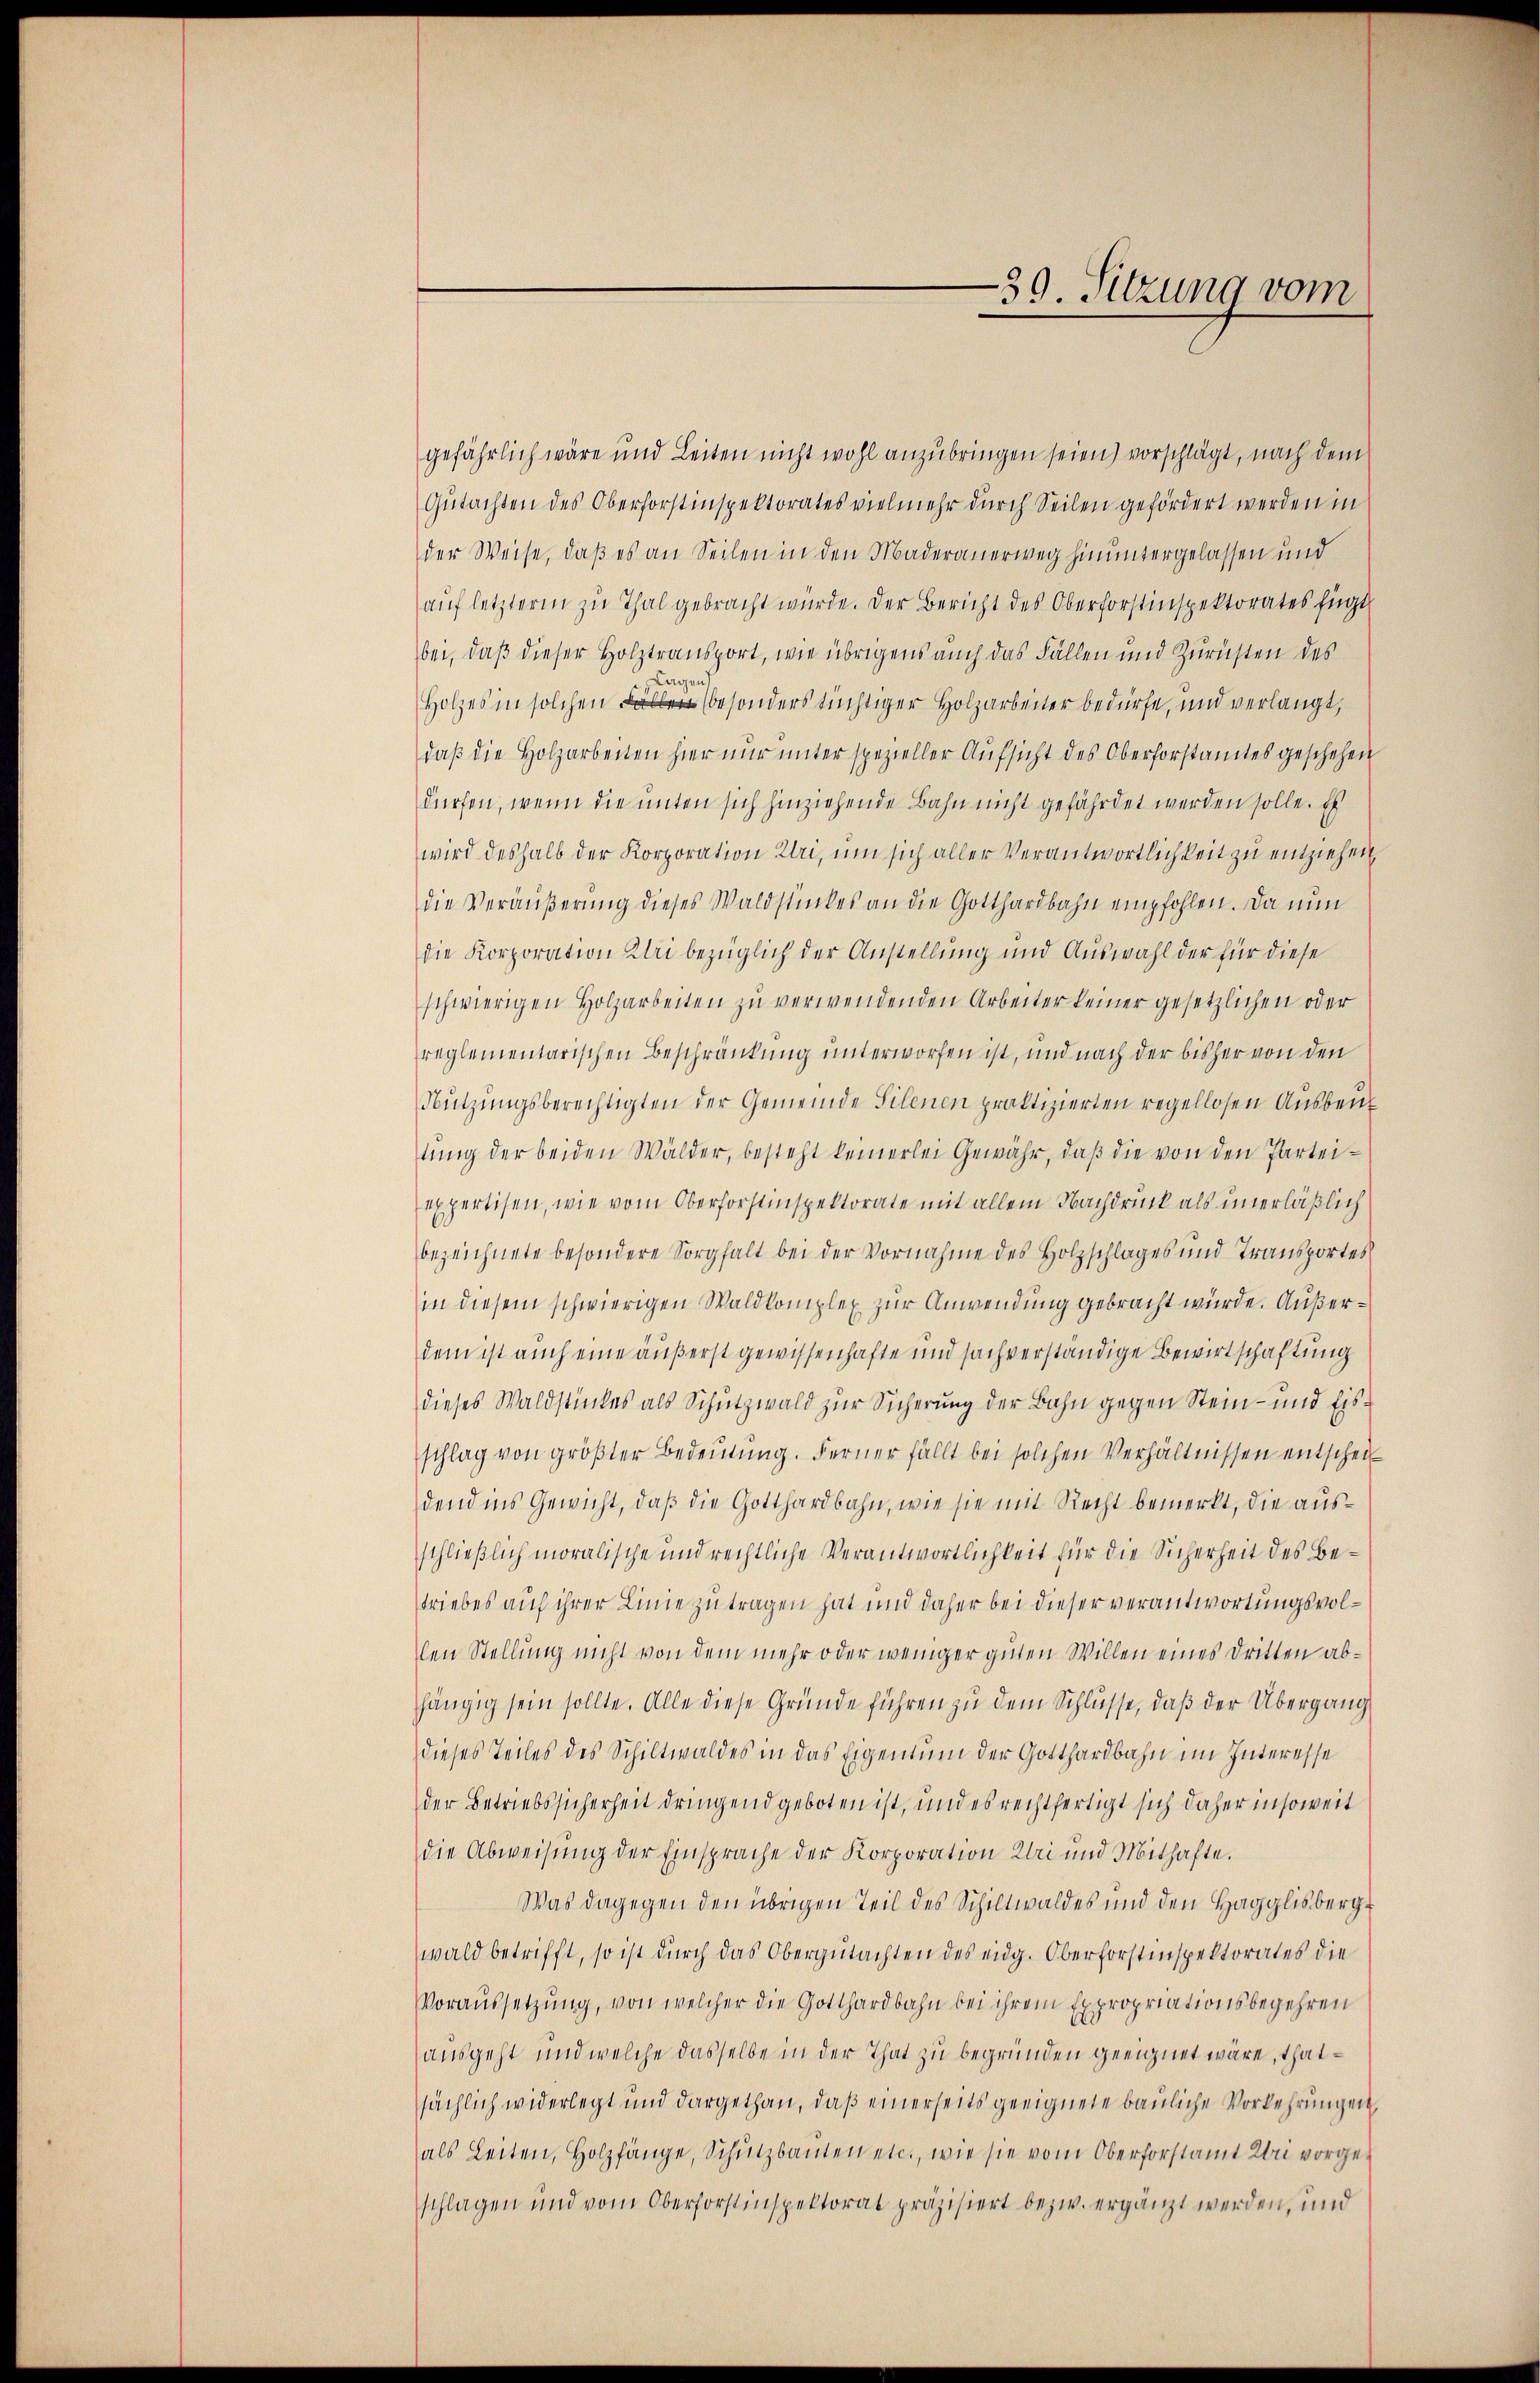
39. Sitzung vom

gefährlich wäre und Leiten nicht wohl anzubringen seien) vorschlägt, nach dem
Gutachten des Oberforstinspektorates vielmehr durch Seilen gefördert werden in
der Weise, daß es an Seilen in den Maderanerweg hinuntergelassen und
auf letzterm zu Thal gebracht wurde. Der Bericht des Oberforstinspektorates fügt
bei, daß dieser Holztransport, wie übrigens auch das Fällen und Zurüsten des
ge
Holzes in solchen besonders tüchtiger Holzarbeiter bedürfe, und verlangt,
daβ die Holzarbeiten hier nŭr ŭnter spezieller Aŭfsicht des Oberforstamtes geschehen
dürfen, wenn die unten sich hinziehende Bahn nicht gefährdet werden solle. Es
wird deshalb der Korporation Uri, um sich aller Verantwortlichkeit zu entziehen,
die Veräußerung dieses Waldstückes an die Gotthardbahn empfohlen. Da nun
die Korporation Klei bezüglich der Anstellung und Auswahl der für diese
schwierigen Holzarbeiten zŭ verwendenden Arbeiter keiner gesetzlichen oder
reglementarischen Beschränkung unterworfen ist, und nach der bisher von den
Nützungsberechtigten der Gemeinde Silenen praktizierten regellosen Ausbeutung der beiden Wälder, besteht keinerlei Gewähr, daß die von den Parteiexpertisen, wie vom Oberforstinspektorate mit allem Nachdruck als unerläßlich
bezeichnete besondere Sorgfalt bei der Vornahme des Holzschlages und Transportes
in diesem schwierigen Waldkomplex zur Anwendung gebracht würde. Außerdem ist auch eine äußerst gewissenhafte und sachverständige Bewirtschaftung
dieses Waldstückes als Schutzwald zur Sicherung der Bahn gegen Stein- und Eisschlag von größter Bedeutung. Ferner fällt bei solchen Verhältnissen entschei
dend ins Gewicht, daß die Gotthardbahn, wie sie mit Recht bemerkt, die ausschließlich moralische und rechtliche Verantwortlichkeit für die Sicherheit des Betriebes auf ihrer Linie zutragen hat und daher bei dieser verantwortungsvollen Stellung nicht von dem mehr oder weniger guten Willen eines Dritten abhängig sein sollte. Alle diese Gründe führen zu dem Schlüsse, daß der Übergang
dieses Teiles des Schiltwaldes in das Eigentum der Gotthardbahn im Interesse
der Betriebssicherheit dringend geboten ist, und es rechtfertigt sich daher insoweit
die Abweisung der Einsprache der Korporation Klei und Mithafte.
Was dagegen den übrigen Teil des Schiltwaldes und den Hagglisberg
wald betrifft, so ist durch das Obergutachten des eidg. Oberforstinspektorates die
Voraussetzung, von welcher die Gotthardbahn bei ihrem Expropriationsbegehren
ausgeht und welche dasselbe in der That zu begründen geeignet wäre, thatsächlich widerlegt und dargethan, daß einerseits geeignete bauliche Vorkehrungen
als Leiten, Holzfänge, Schutzbauten etc., wie sie vom Oberforstamt Uri vorgeschlagen und vom Oberforstinspektorat präzisiert bezw. ergänzt werden, und